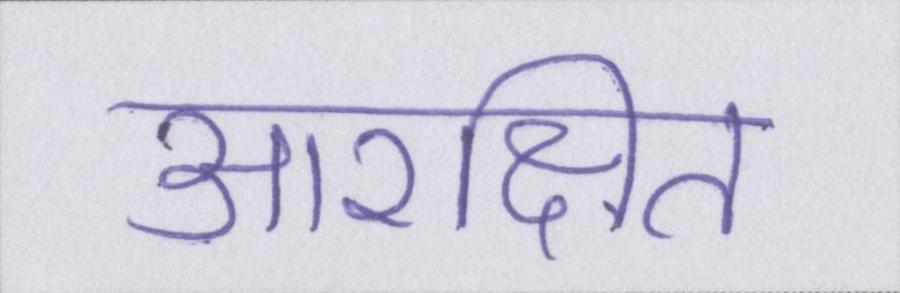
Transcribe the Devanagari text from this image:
आरक्षित